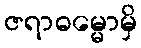
ဇရာဓမ္မောမှိ